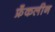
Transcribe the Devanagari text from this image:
फ्रँकलीन